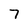
Character: 7